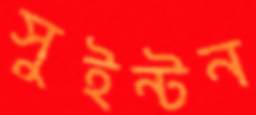
সুইন্টন